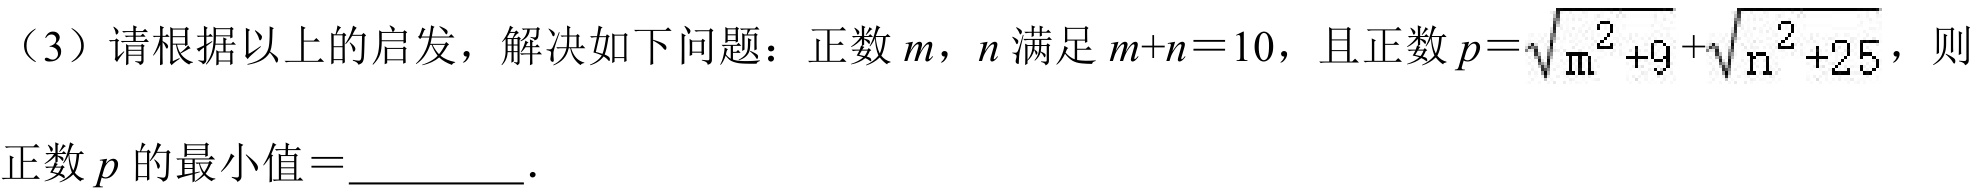
（3）请根据以上的启发，解决如下问题：正数 \(m\)，\(n\) 满足 \(m + n = 10\)，且正数 \(p=\sqrt{m^{2}+9}+\sqrt{n^{2}+25}\)，则正数 \(p\) 的最小值\(=\)_________.